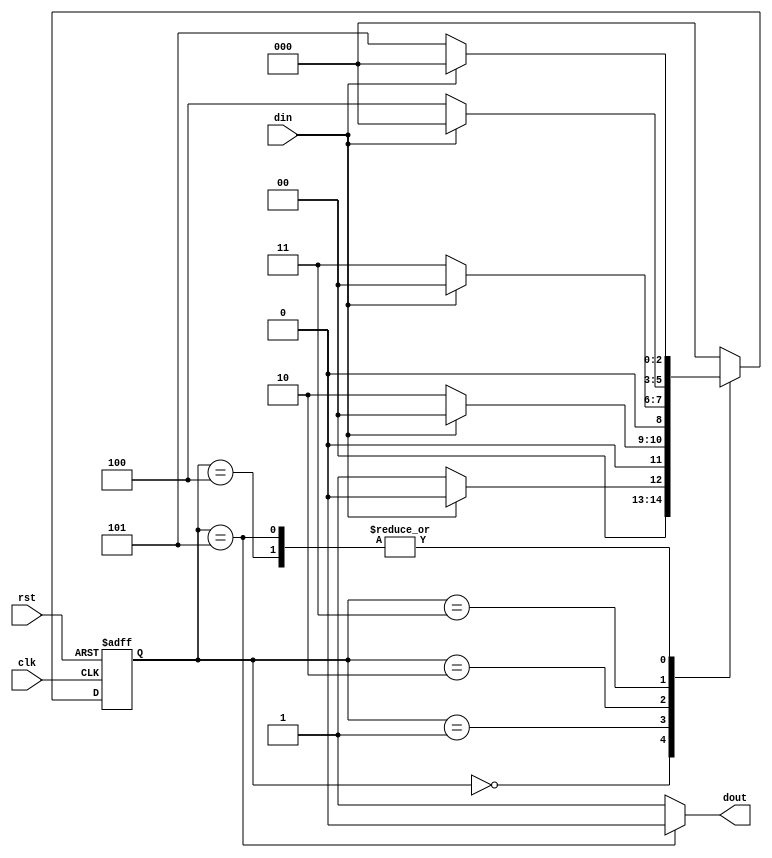
`timescale 1ns / 1ps
//////////////////////////////////////////////////////////////////////////////////
// Company: 
// Engineer: 
// 
// Design Name: 
// Module Name: debounce
// Project Name: 
// Target Devices: 
// Tool Versions: 
// Description: 
// 
// Dependencies: 
// 
// Revision:
// Revision 0.01 - File Created
// Additional Comments:
// 
//////////////////////////////////////////////////////////////////////////////////

module debounce(din,dout,clk,rst) ;
input din,clk,rst ;
output reg dout;

reg [2:0] next_state,current_state ;

always@(*)begin
    case(current_state)
    3'd0 : next_state = (din)?3'd0:3'd1;
    3'd1 : next_state = (din)?3'd0:3'd2;
    3'd2 : next_state = (din)?3'd0:3'd3;
    3'd3 : next_state = (din)?3'd0:3'd4;
    3'd4 : next_state = (din)?3'd0:3'd5;
    3'd5 : next_state = (din)?3'd0:3'd5;
    default : next_state = 3'd0 ;
    endcase
end
always@(posedge clk or posedge rst)begin
    if(rst)begin
       current_state <= 3'd0;
    end
    else begin
        current_state <= next_state ;
    end
end
always@(*)begin
    case(current_state)
    3'd0 : dout = 1'b1 ;
    3'd1 : dout = 1'b1 ;
    3'd2 : dout = 1'b1 ;
    3'd3 : dout = 1'b1 ;
    3'd4 : dout = 1'b1 ;
    3'd5 : dout = 1'b0 ;
    default : dout = 1'b1 ;
    endcase
end
endmodule